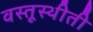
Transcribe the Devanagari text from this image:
वस्तूस्थीती